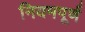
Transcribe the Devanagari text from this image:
नियमपूर्ण